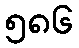
၅၈၆